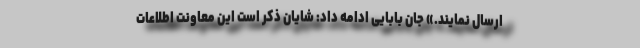
ارسال نمایند.» جان بابایی ادامه داد: شایان ذکر است این معاونت اطلاعات